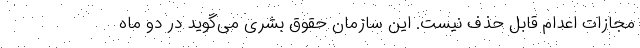
مجازات اعدام قابل حذف نیست. این سازمان حقوق بشری می‌گوید در دو ماه